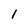
Character: 1